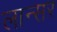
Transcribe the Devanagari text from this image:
लान्सर